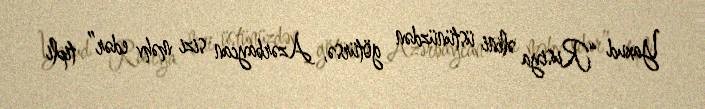
Yaxud “Rusiya əlini üstünüzdən götürsə, Azərbaycan sizi məhv edər” tipli